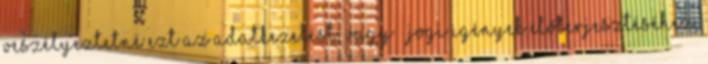
veszélyeztetné ezt az adatkezelést; vagy · jogi igények előterjesztéséhez,